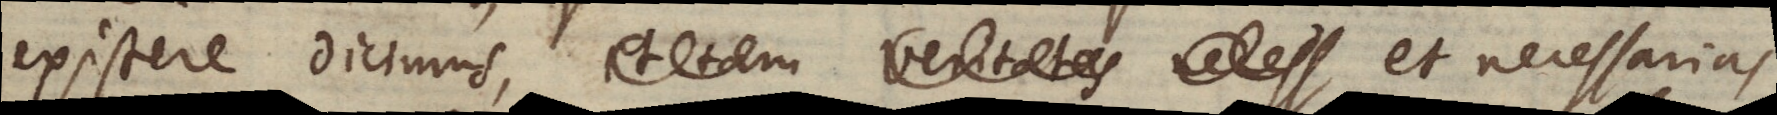
existere dicimus, veritates et necessarias